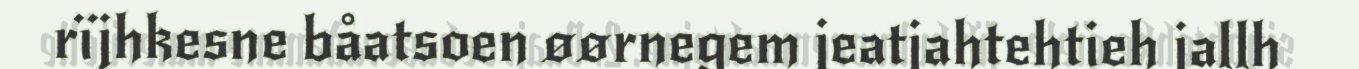
rïjhkesne båatsoen øørnegem jeatjahtehtieh jallh